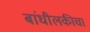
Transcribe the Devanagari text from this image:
बांधीलकीचा